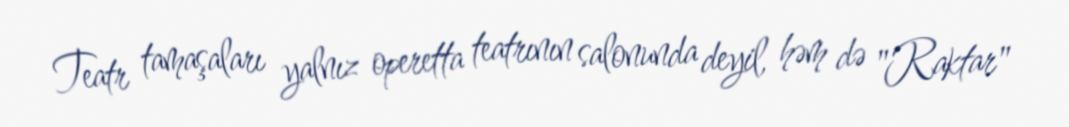
Teatr tamaşaları yalnız operetta teatrının salonunda deyil, həm də "Raktar"